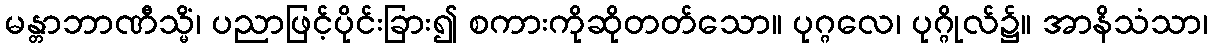
မန္တာဘာဏီသ္မိံ၊ ပညာဖြင့်ပိုင်းခြား၍ စကားကိုဆိုတတ်သော။ ပုဂ္ဂလေ၊ ပုဂ္ဂိုလ်၌။ အာနိသံသာ၊